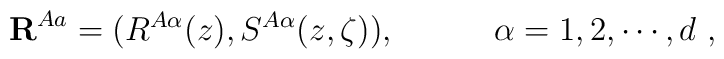
{\bf R}^{Aa} = (R^{A\alpha}(z), S^{A\alpha}(z,\zeta) ), \quad \quad \quad\alpha = 1,2,\cdots,d\ ,